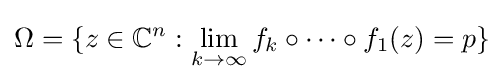
\Omega =\{z\in \mathbb {C} ^{n}:\lim _{k\to \infty }f_{k}\circ \cdots \circ f_{1}(z)=p\}